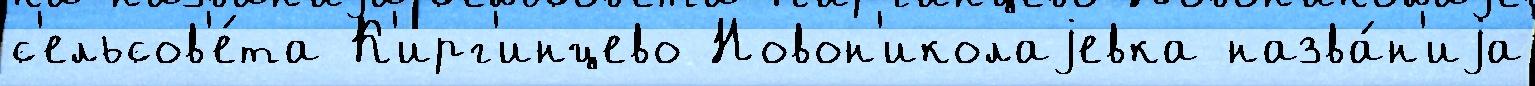
с'ельсов'е́та К'ирг'инцево Новон'иколаjевка назва́н'иjа